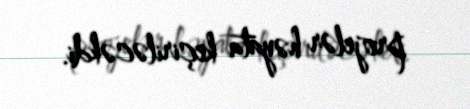
projelər həyata keçiriləcəkdi.